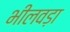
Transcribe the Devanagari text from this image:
भीलवड़ा